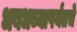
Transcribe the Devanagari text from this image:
धबधब्यापर्यंतचे